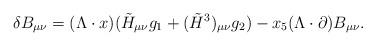
LaTeX: \begin{align*}\delta B_{\mu\nu} = (\Lambda \cdot x) (\tilde{H}_{\mu\nu} g_1 +(\tilde{H}^3)_{\mu\nu} g_2) - x_5 (\Lambda \cdot \partial) B_{\mu\nu}.\end{align*}